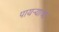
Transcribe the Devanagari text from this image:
पायऱ्याचा